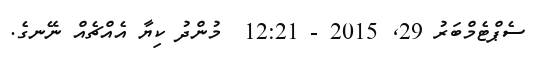
ސެޕްޓެމްބަރު 29